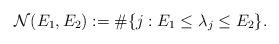
LaTeX: \begin{align*} \mathcal{N}(E_1, E_2):=\#\{j: E_1 \leq \lambda_j \leq E_2\}.\end{align*}